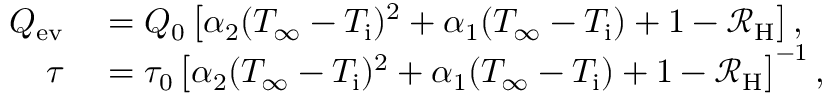
\begin{array} { r l } { Q _ { \mathrm { e v } } } & { { } = Q _ { 0 } \left[ \alpha _ { 2 } ( T _ { \infty } - T _ { \mathrm { i } } ) ^ { 2 } + \alpha _ { 1 } ( T _ { \infty } - T _ { \mathrm { i } } ) + 1 - \mathcal { R } _ { \mathrm { H } } \right] , } \\ { \tau } & { { } = \tau _ { 0 } \left[ \alpha _ { 2 } ( T _ { \infty } - T _ { \mathrm { i } } ) ^ { 2 } + \alpha _ { 1 } ( T _ { \infty } - T _ { \mathrm { i } } ) + 1 - \mathcal { R } _ { \mathrm { H } } \right] ^ { - 1 } , } \end{array}